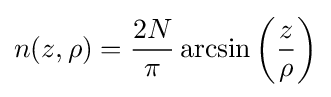
n(z,\rho )={\frac {2N}{\pi }}\arcsin \left({\frac {z}{\rho }}\right)